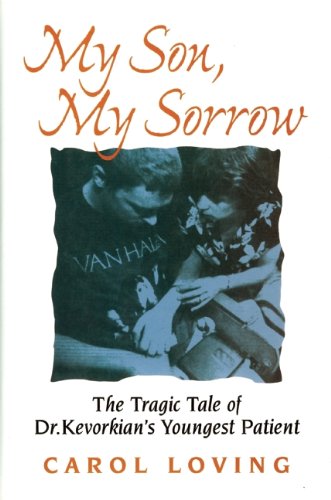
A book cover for My Son, My Sorrow; Carol Loving; Law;